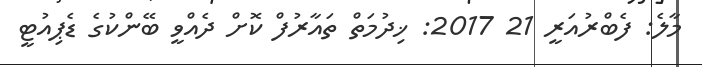
މާލެ: ފެެބްރުއަރީ 21 2017: ޚިދުމަތް ތައާރުފް ކޮށް ދެއްވީ ބޭންކުގެ ޑެޕިއުޓީ